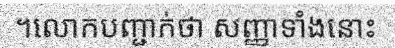
។លោកបញ្ជាក់ថា សញ្ញាទាំងនោះ